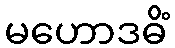
မဟောဒဓိံ